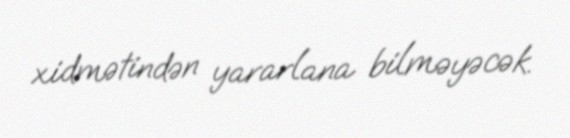
xidmətindən yararlana bilməyəcək.